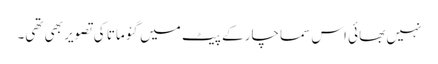
نہیں بھائی اس سماچار کے پیٹ میں گئو ماتا کی تصویر بھی تھی۔